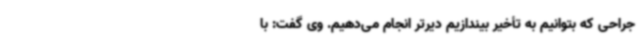
جراحی که بتوانیم به تأخیر بیندازیم دیرتر انجام می‌دهیم. وی گفت: با